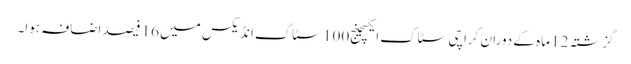
گزشتہ 12 ماہ کے دوران کراچی سٹاک ایکسچینج100 سٹاک انڈیکس میں 16 فیصد اضافہ ہوا۔